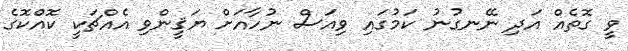
ވީ ގޮތެއް އަދި ނޭނގުނު ކަމުގައި ވިއަސް ނުހާއަށް ޔަޤީންވި އެއްޗަކީ ކޮއްކޮގެ